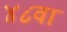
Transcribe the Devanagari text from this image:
४८वा